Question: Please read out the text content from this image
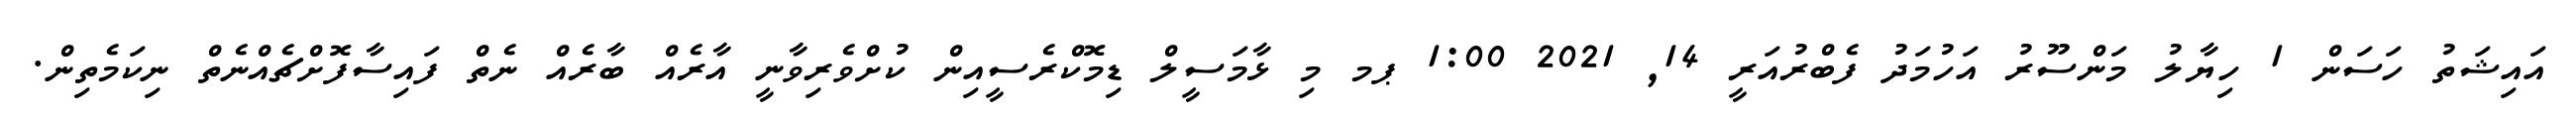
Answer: އައިޝަތު ހަސަން 1 ހިޔާލު މަންސޫރު އަހުމަދު ފެބްރުއަރީ 14, 2021 1:00 ޕމ މި ޅާމަސީލް ޑިމޮކްރެސީއިން ކުށްވެރިވާނީ އާރެއް ބާރެއް ނެތް ފައިސާފޮށްޗެއްނެތް ނިކަމެތިން.